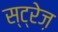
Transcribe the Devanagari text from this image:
स्ट्रेज़